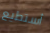
أستطيع